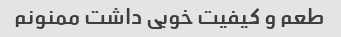
طعم و کیفیت خوبی داشت ممنونم